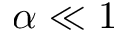
\alpha \ll 1